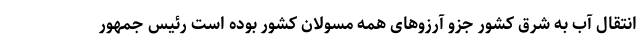
انتقال آب به شرق کشور جزو آرزوهای همه مسولان کشور بوده است رئیس جمهور